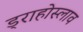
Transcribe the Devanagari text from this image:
ड्राहोस्लाव